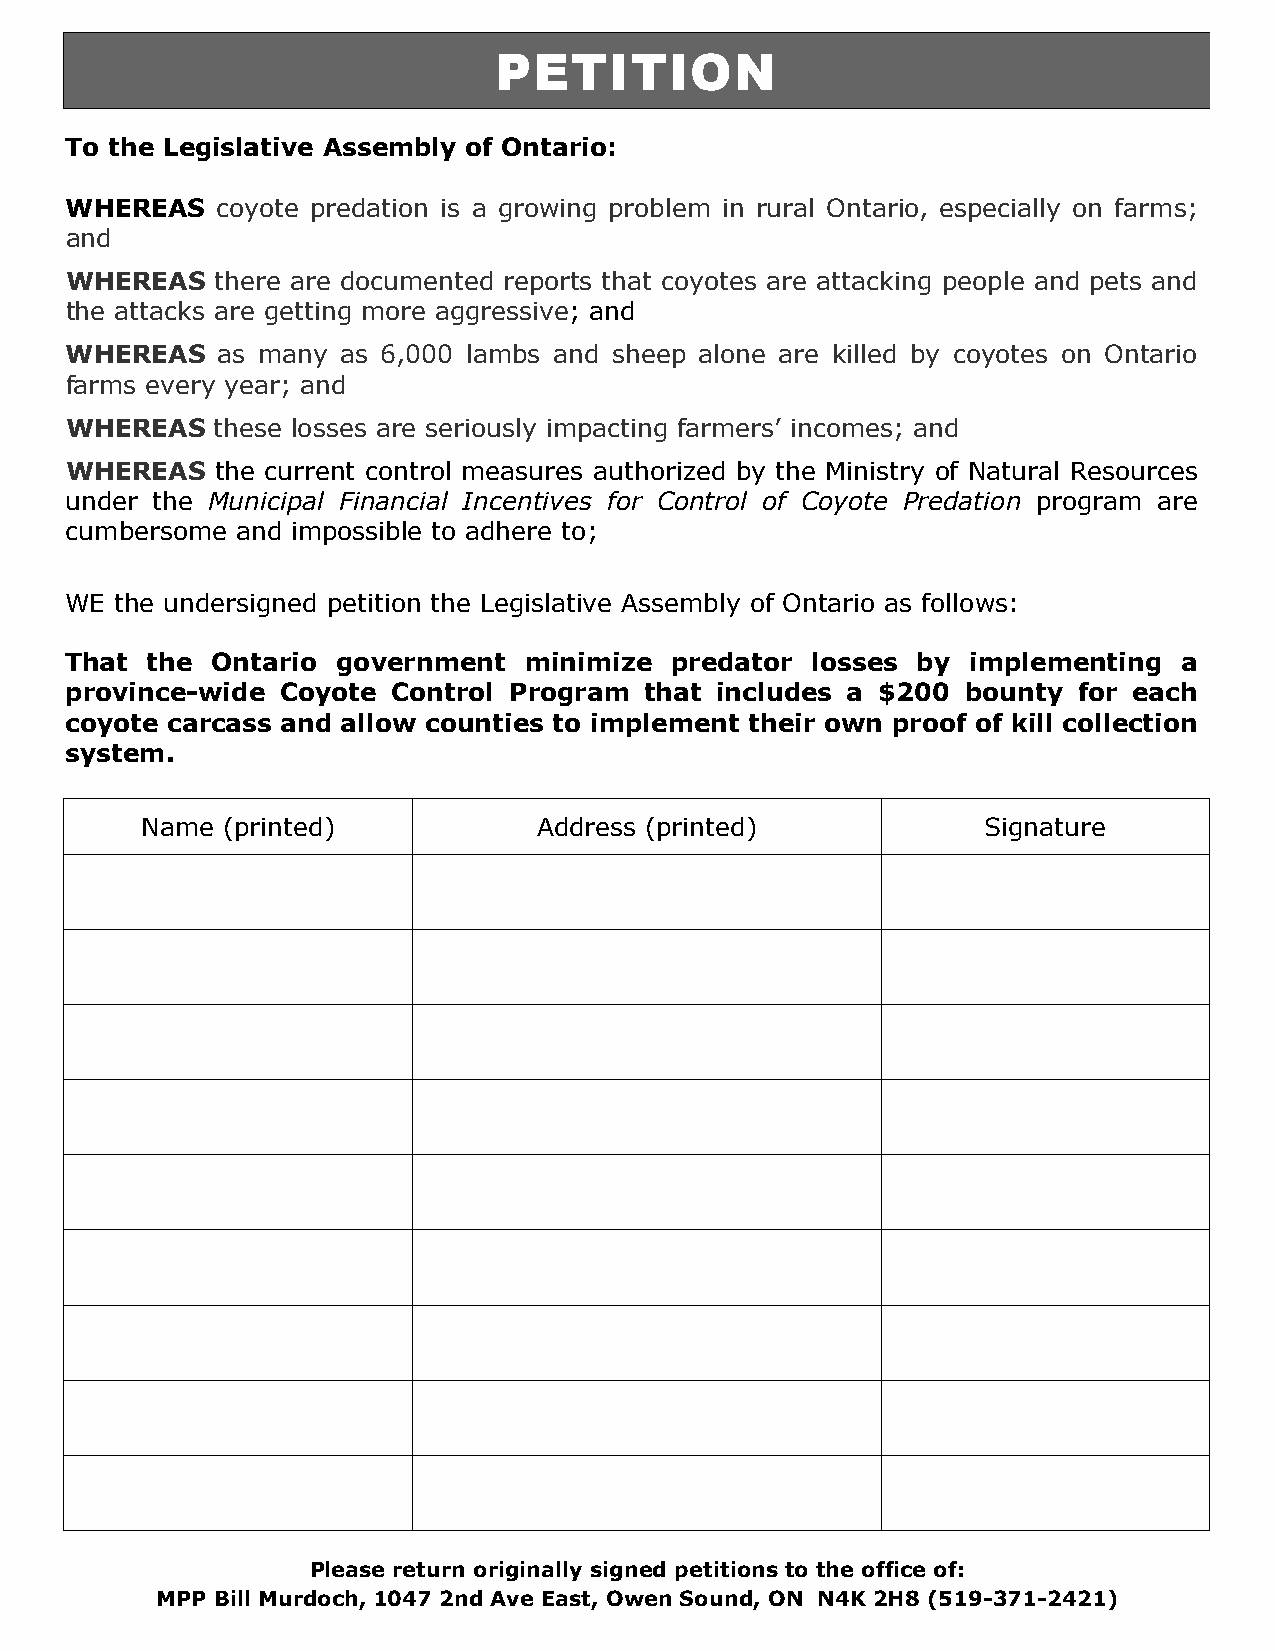
PETITION
 To the Legislative Assembly of Ontario:
 WHEREAS   coyote predation is a growing problem in rural Ontario, especially on farms;
 and
 WHEREAS   there are documented reports that coyotes are attacking people and pets and
 the attacks are getting more aggressive; and
 WHEREAS   as many  as 6,000 lambs and sheep alone are killed by coyotes on Ontario
 farms every year; and
 WHEREAS   these losses are seriously impacting farmers’ incomes; and
 WHEREAS   the current control measures authorized by the Ministry of Natural Resources
 under the Municipal Financial Incentives for Control of Coyote Predation program are
 cumbersome  and impossible to adhere to;
 WE  the undersigned petition the Legislative Assembly of Ontario as follows:
 That  the Ontario government   minimize predator  losses by implementing  a
 province-wide  Coyote Control Program  that includes a $200 bounty for each
 coyote carcass and allow counties to implement their own proof of kill collection
 system.
 Name  (printed)            Address (printed)            Signature
 Please return originally signed petitions to the office of:
 MPP Bill Murdoch, 1047 2nd Ave East, Owen Sound, ON N4K 2H8 (519-371-2421)